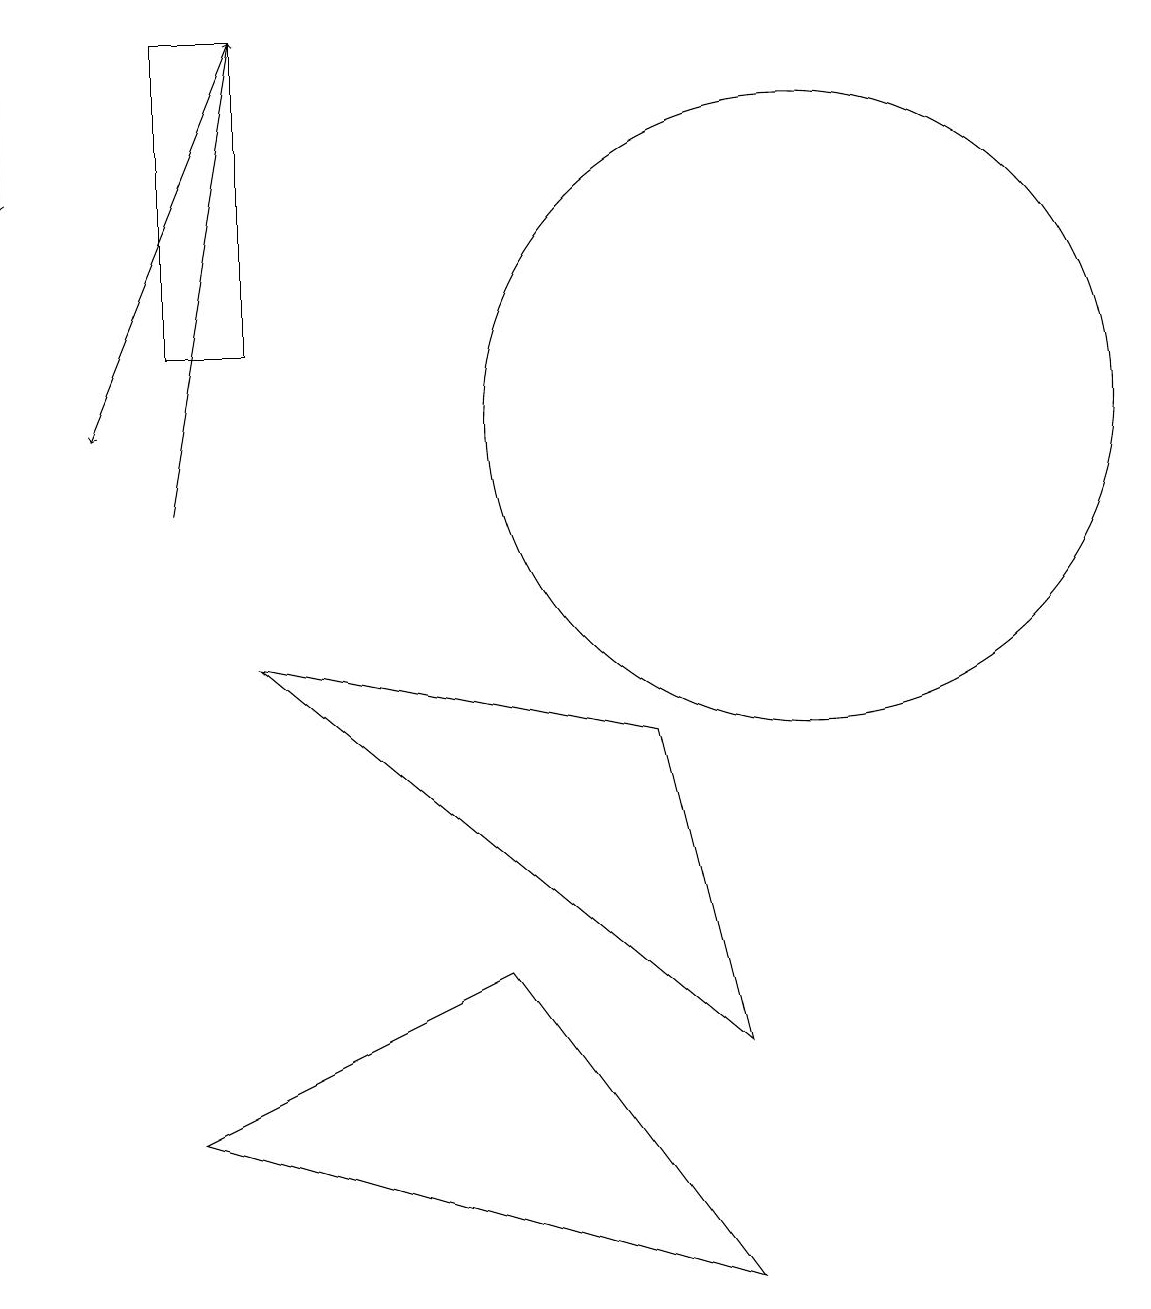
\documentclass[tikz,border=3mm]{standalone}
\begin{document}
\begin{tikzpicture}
\draw[->] (3,17) -- (1,12);
\draw (3,13) rectangle (2,17);
\draw[->] (2,11) -- (3,17);
\draw (8,8) -- (3,9) -- (9,4) -- cycle;
\draw (9,1) -- (2,3) -- (6,5) -- cycle;
\draw[->] (0,17) -- (0,15);
\draw (10,12) circle (4);
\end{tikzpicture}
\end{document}